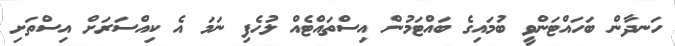
ހަނދާން ބަހައްޓަންވީ ބުމައިގެ ބައްޓަމުން އިސްތައްޓެއް ލުހެފި ނަމަ އެ ކިއްސަރަށް އިސްތަށި